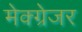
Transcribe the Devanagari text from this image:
मेक्ग्रेजर